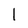
Character: 1